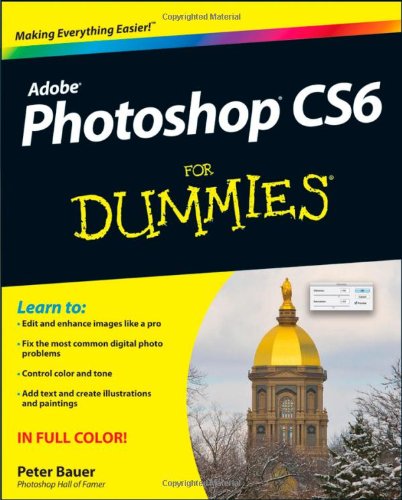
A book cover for Photoshop CS6 For Dummies; Peter Bauer; Computers & Technology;